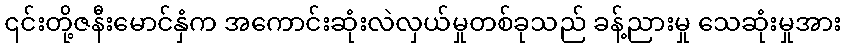
၎င်းတို့ဇနီးမောင်နှံက အကောင်းဆုံးလဲလှယ်မှုတစ်ခုသည် ခန့်ညားမှု သေဆုံးမှုအား